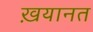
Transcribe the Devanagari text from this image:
ख़यानत